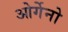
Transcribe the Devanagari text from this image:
ओर्गेनो